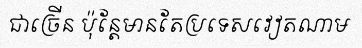
ជាច្រើន ប៉ុន្តែមានតែប្រទេសវៀតណាម